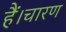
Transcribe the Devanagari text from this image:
हैं।चारण